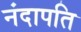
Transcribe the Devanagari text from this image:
नंदापति